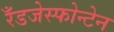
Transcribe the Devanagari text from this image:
रँडजेस्फोन्टेन